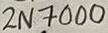
Text: 2N7000